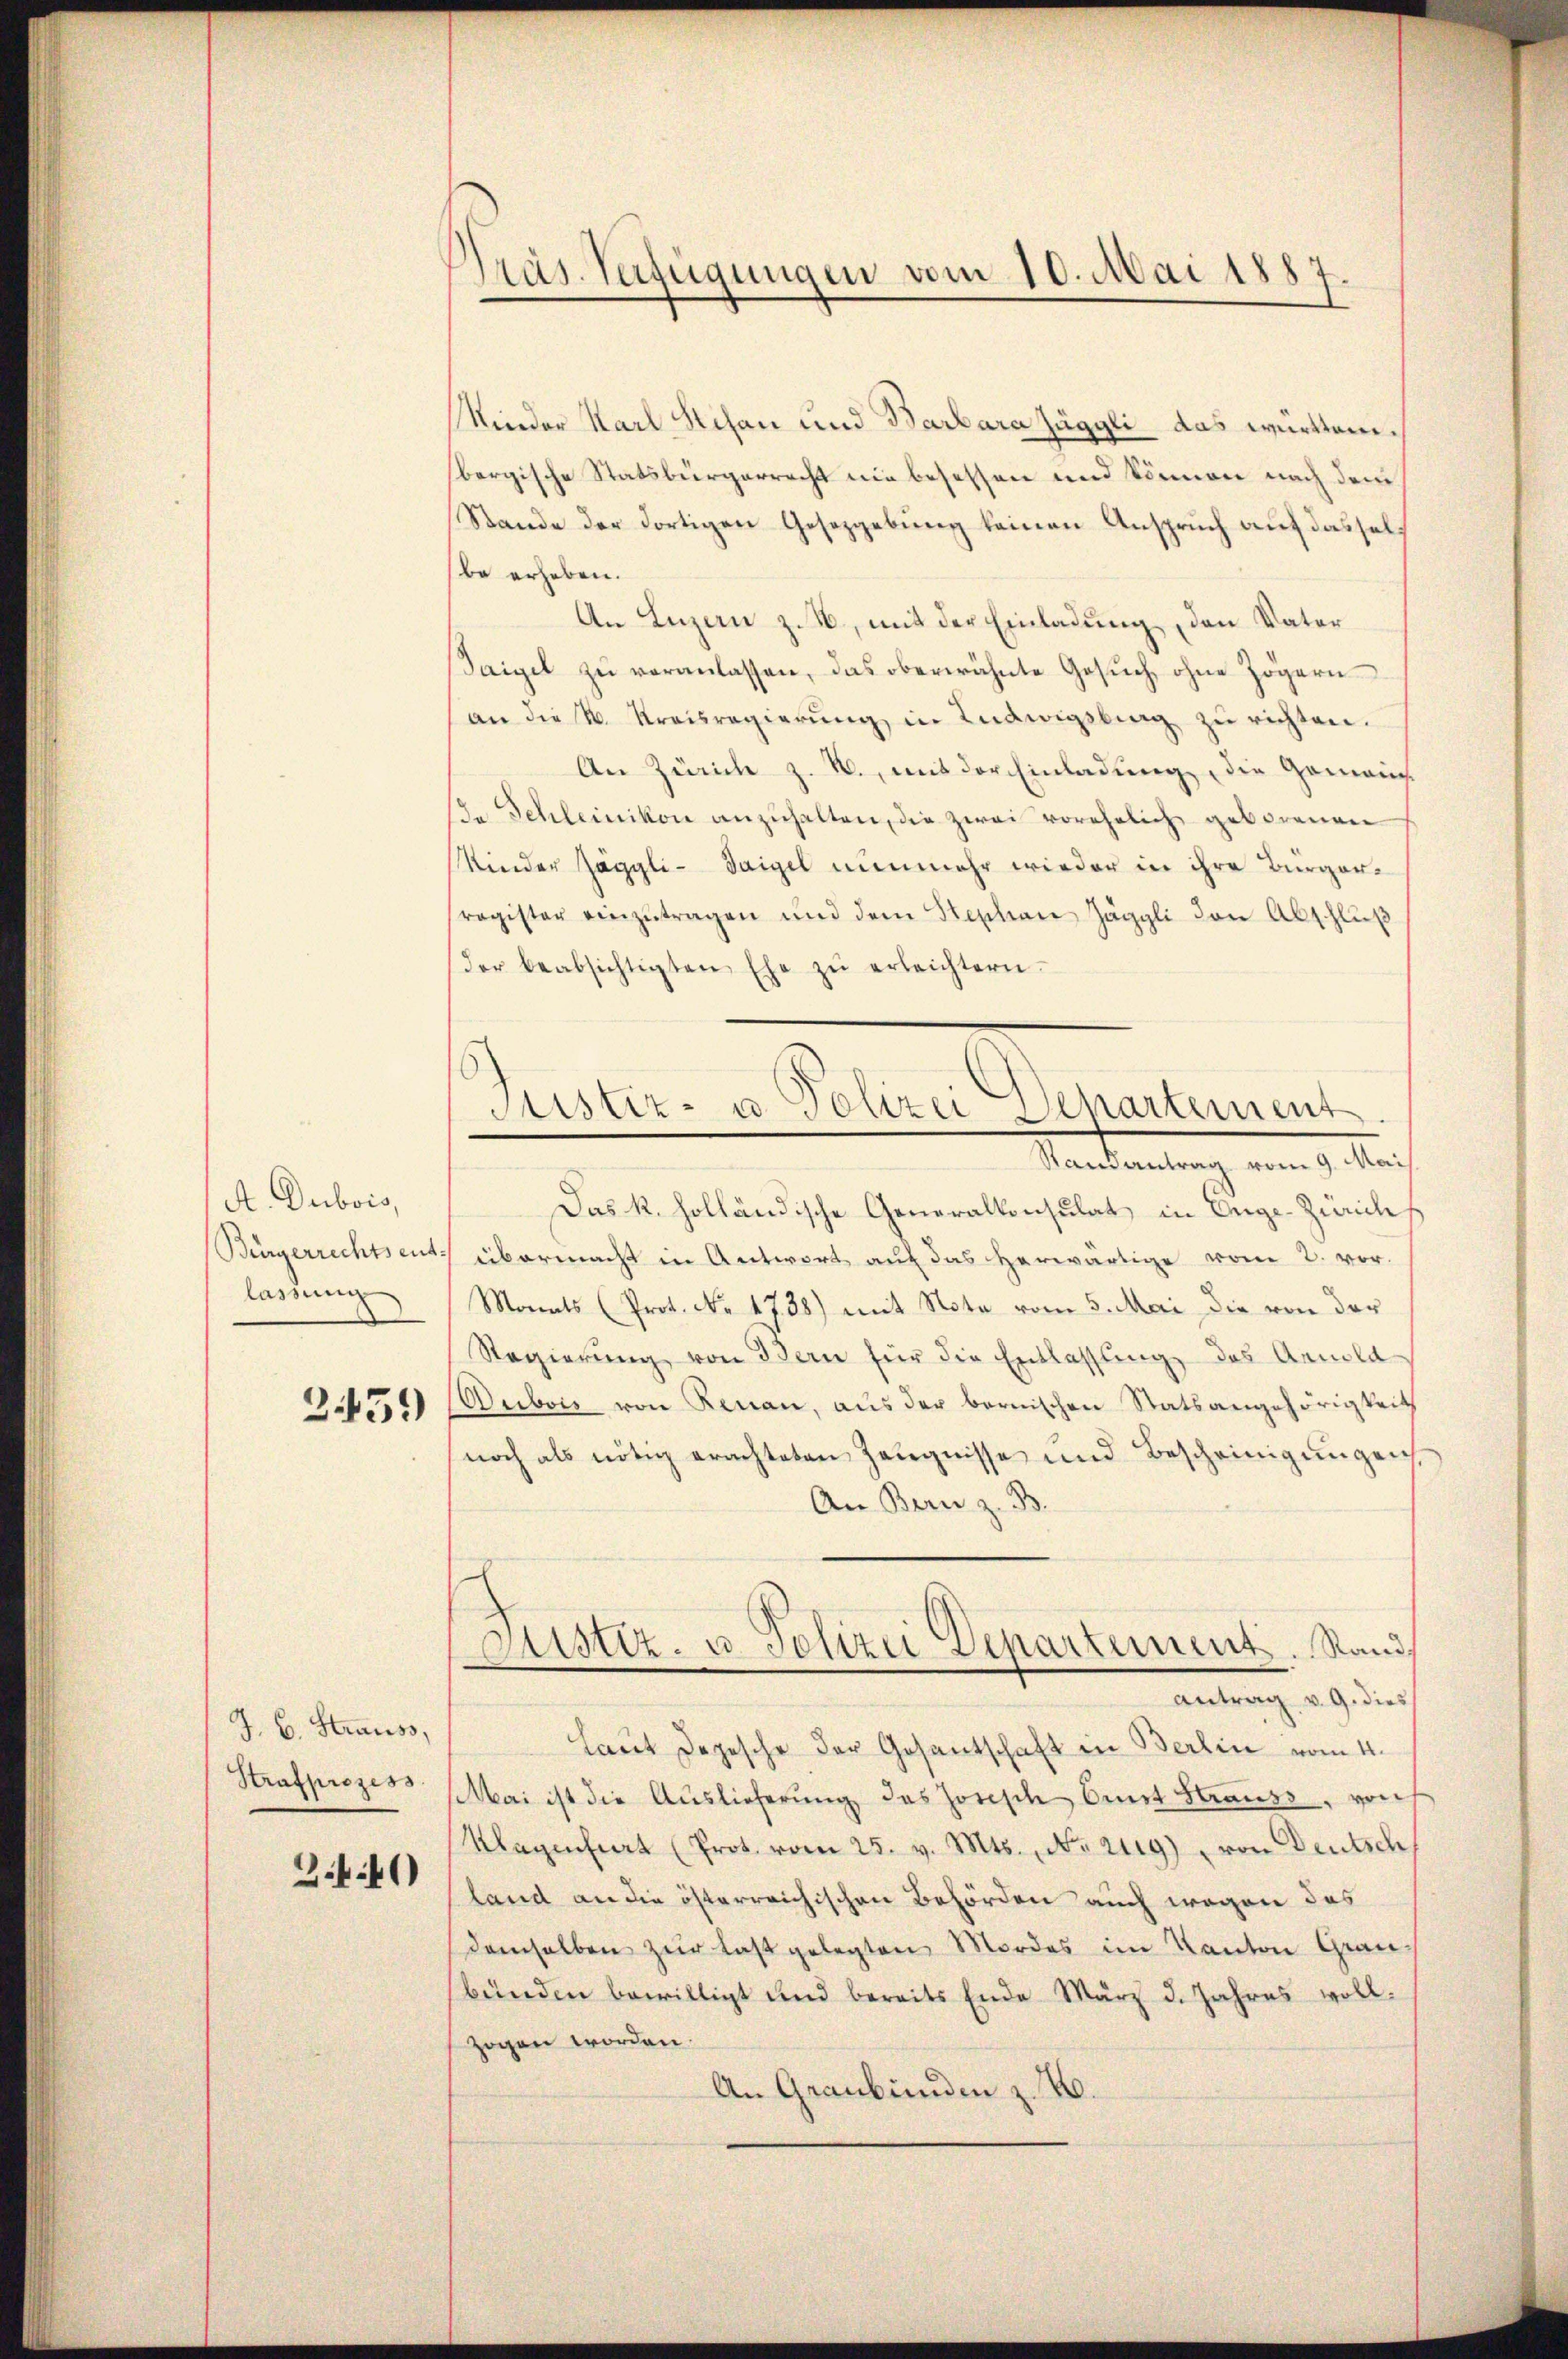
A. Dubois,
Bürgerrechtsent.
lassung

251)

J. B. Straus.
Strafprozess

3.40)

Präs. Verfügungen vom 10. Mai 1887.

Kinder Karl Stefan und Barbara Züggli das württeme.
bergische Statsbürgerrecht nie besessen und können nach dem
Stande der dortigen Gesetzgebung keinen Anspruch auf dasselbe erheben.
An Luzern z. B., mit der Einladung, den Vater
Saigel zŭ veranlassen, das oberwähnte Gesŭch, ohne Zögern
an die k. Kreisregierŭng in Inawigsberg zŭ richten.
An Zürich z. B., mit der Einladung, die Gemein
. Schleinikon anzŭhalten, die zwei vorehelich geborenen
Kinder Jäggli-Saigel nunmehr wieder in ihre Bürgerragister einzŭtragen und dem Stephan Jäggli den Abschluß
der beabsichtigten Ehe zŭ erleichtern.
Das k. holländische Generalkonsulat in Ange-Zürich
übermacht in Antwort auf das herwärtige vom 2. vor.
Monats (Prot. No. 1738) mit Note vom 5. Mai die von der
Regierŭng von dern für die Entlassung des Arnold
Dubois von Renau, aus der bernischen Statsangehörigkeit
noch als nötig erachteten Zeugnisse und Bescheinigungen
An Bern z. B.
Justiz- u. Polizei Departement. Rand
antrag v. 9. dies
laut Depesche der Gesantschaft in Berlin vom 4.
Mai ist die Auslieferung des Josisch Ernst Strauss, vorh
Klagenfiat (Prot. vom 25. v. Mts., Nezug von Deutsch
land an die österreichischen Behörden auch wegen das
demselben zur Last gelegten Mordes im Kanton Grau-
bünden bewilligt und bereits Ende März d. Jahres voll.
zogen worden.
An Graubünden z. T.

Justiz- u. Polizei Departement.
Randantrag vom 9. Mai